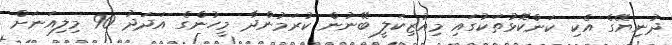
ދުނިޔޭގެ އެކި ކަންކޮޅުތަކުގައި މިއުޒިކަލީ ބޭނުން ކުރަމުންދާ މީހުންގެ އަދަދު 90 މިލިއަނަށް